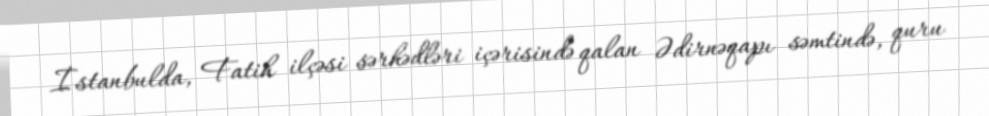
İstanbulda, Fatih ilçəsi sərhədləri içərisində qalan Ədirnəqapı səmtində, quru